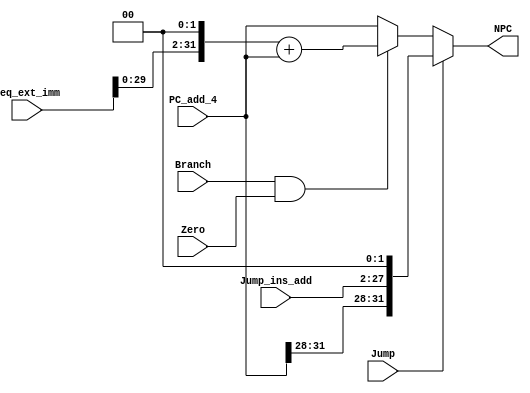
module npc (PC_add_4, Branch, Zero, Jump, Beq_ext_imm, Jump_ins_add, NPC);
    
    input Branch; 
    input Zero;  
    input Jump;   
    
    input [31:0] PC_add_4;
    input [31:0] Beq_ext_imm; // Beq
    input [25:0] Jump_ins_add;  // Jump 

    output reg [31:0] NPC;

    // reg [31:0]  PC_cur;

    always @(*) begin
        if(Jump)//Jump
            begin
                // PC_cur  = PC_add_4 - 4;
                NPC = {PC_add_4[31:28], Jump_ins_add[25:0], 2'b00};
            end
        else if(Branch && Zero)//Beq
            begin
                NPC = (Beq_ext_imm << 2) + PC_add_4;
            end
        else
            begin
                NPC = PC_add_4;
            end
    end

    // initial
    //     begin
    //       $display("npc");
    //     end
endmodule //npc